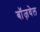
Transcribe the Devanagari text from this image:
बॉज़वेल